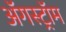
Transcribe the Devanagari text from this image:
ॲगस्ट्रॉम